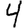
Digit: 4